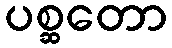
ပစ္ဆတော